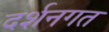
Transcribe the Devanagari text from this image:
दर्शनगत